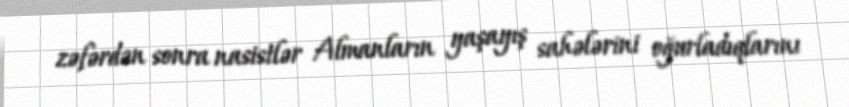
zəfərdən sonra nasistlər Almanların yaşayış sahələrini oğurladıqlarını